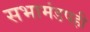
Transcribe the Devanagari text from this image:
सभामंडपही